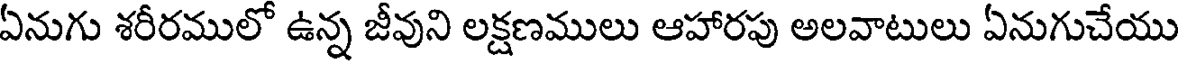
ఏనుగు శరీరములో ఉన్న జీవుని లక్షణములు ఆహారపు అలవాటులు ఏనుగుచేయు